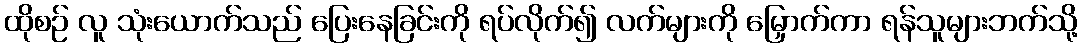
ထိုစဉ် လူ သုံးယောက်သည် ပြေးနေခြင်းကို ရပ်လိုက်၍ လက်များကို မြှောက်ကာ ရန်သူများဘက်သို့